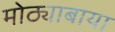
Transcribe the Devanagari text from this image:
मोठ्याबाया